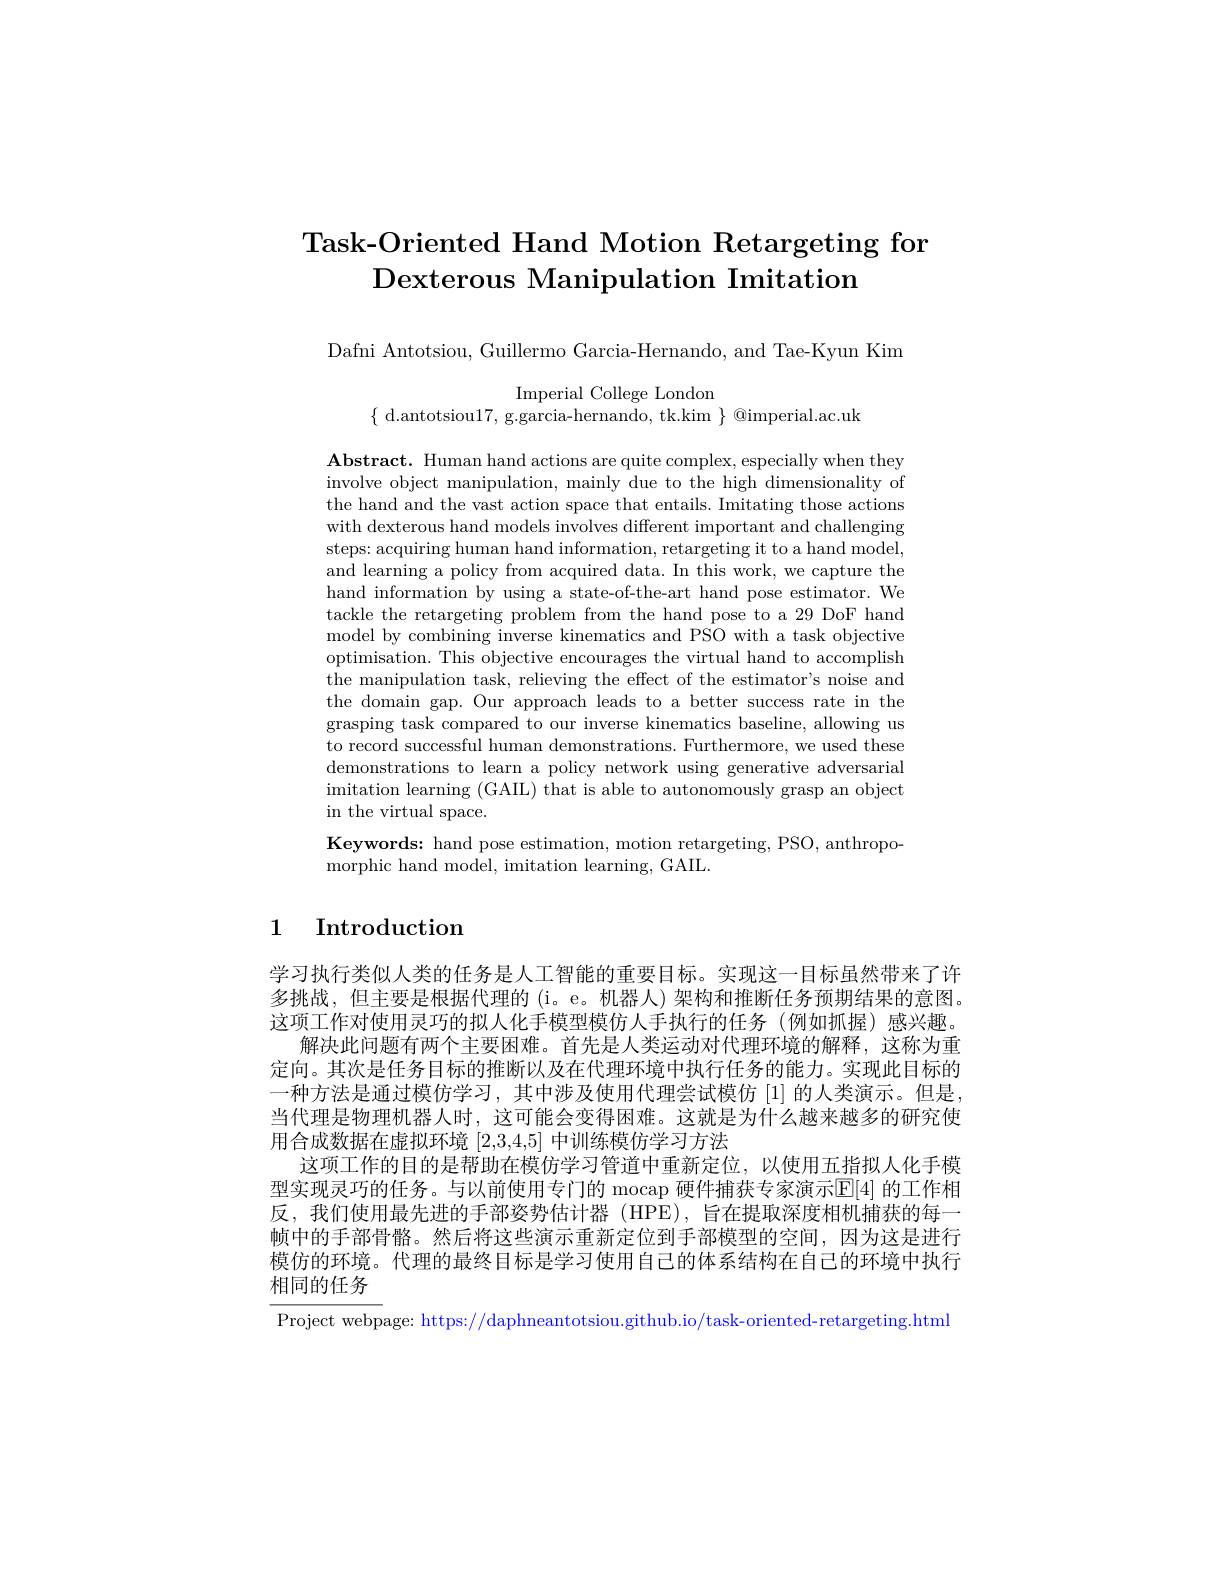
# Task-Oriented Hand Motion Retargeting fon Dexterous Manipulation Imitation

Dafni Antotsiou, Guillermo Garcia-Hernando, and Tae-Kyun Kim

Imperial College London
$\{$d.antotsiou17,g.garcia-hernando, tk.kim$\}$@imperial.ac.uk

$\mathbf{Abstract.~Human~hand~actions~are~quite~complex,~especially~when~they}$ involve object manipulation, mainly due to the high dimensionality of the hand and the vast action space that entails. Imitating those actions with dexterous hand models involves different important and challenging steps: acquiring human hand information, retargeting it to a hand model, and learning a policy from acquired data. In this work, we capture the hand information by using a state-of-the-art hand pose estimator. We tackle the retargeting problem from the hand pose to a 29 DoF hand model by combining inverse kinematics and PSO with a task objective optimisation. This objective encourages the virtual hand to accomplish the manipulation task, relieving the effect of the estimator's noise and the domain gap. Our approach leads to a better success rate in the grasping task compared to our inverse kinematics baseline, allowing us to record successful human demonstrations. Furthermore, we used these demonstrations to learn a policy network using generative adversarial imitation learning (GAIL) that is able to autonomously grasp an object in the virtual space.
Keywords: hand pose estimation, motion retargeting, PSO, anthropo-
morphic hand model, imitation learning, GAIL.

# 1 Introduction

学习执行类似人类的任务是人工智能的重要目标。实现这一目标虽然带来了许多挑战，但主要是根据代理的 (i。e。机器人)架构和推断任务预期结果的意图。这项工作对使用灵巧的拟人化手模型模仿人手执行的任务(例如抓握)感兴趣。
解决此问题有两个主要困难。首先是人类运动对代理环境的解释，这称为重定向。其次是任务目标的推断以及在代理环境中执行任务的能力。实现此目标的一种方法是通过模仿学习，其中涉及使用代理尝试模仿|1|的人类演示。但是， 当代理是物理机器人时，这可能会变得困难。这就是为什么越来越多的研究使用合成数据在虚拟环境[2,3,4,5]中训练模仿学习方法
这项工作的目的是帮助在模仿学习管道中重新定位，以使用五指拟人化手模型实现灵巧的任务。与以前使用专门的 mocap 硬件捕获专家演示$\mathbb{E}[4]$ 的工作相反，我们使用最先进的手部姿势估计器(HPE),旨在提取深度相机捕获的每一帧中的手部骨骼。然后将这些演示重新定位到手部模型的空间，因为这是进行模仿的环境。代理的最终目标是学习使用自己的体系结构在自己的环境中执行相同的任务
Project webpage: https://daphneantotsiou.github.io/task-oriented-retargeting.html